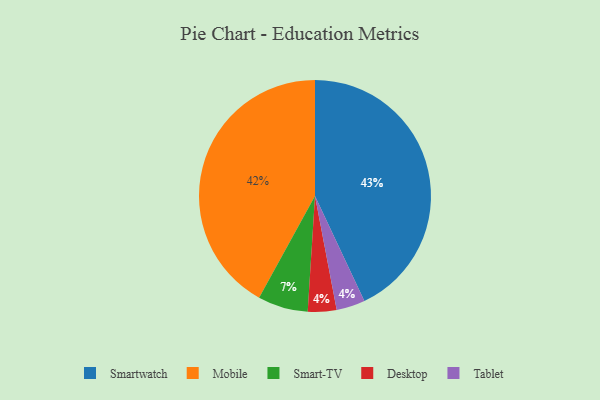
{"axis": {"x": "Category", "y": "Percentage"}, "legend": ["Desktop", "Mobile", "Smart-TV", "Smartwatch", "Tablet"], "data": [{"x": "Smartwatch", "y": 43, "type": "Smartwatch"}, {"x": "Mobile", "y": 42, "type": "Mobile"}, {"x": "Smart-TV", "y": 7, "type": "Smart-TV"}, {"x": "Desktop", "y": 4, "type": "Desktop"}, {"x": "Tablet", "y": 4, "type": "Tablet"}]}